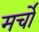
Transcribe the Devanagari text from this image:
मर्चो